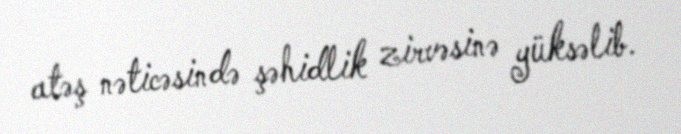
atəş nəticəsində şəhidlik zirvəsinə yüksəlib.